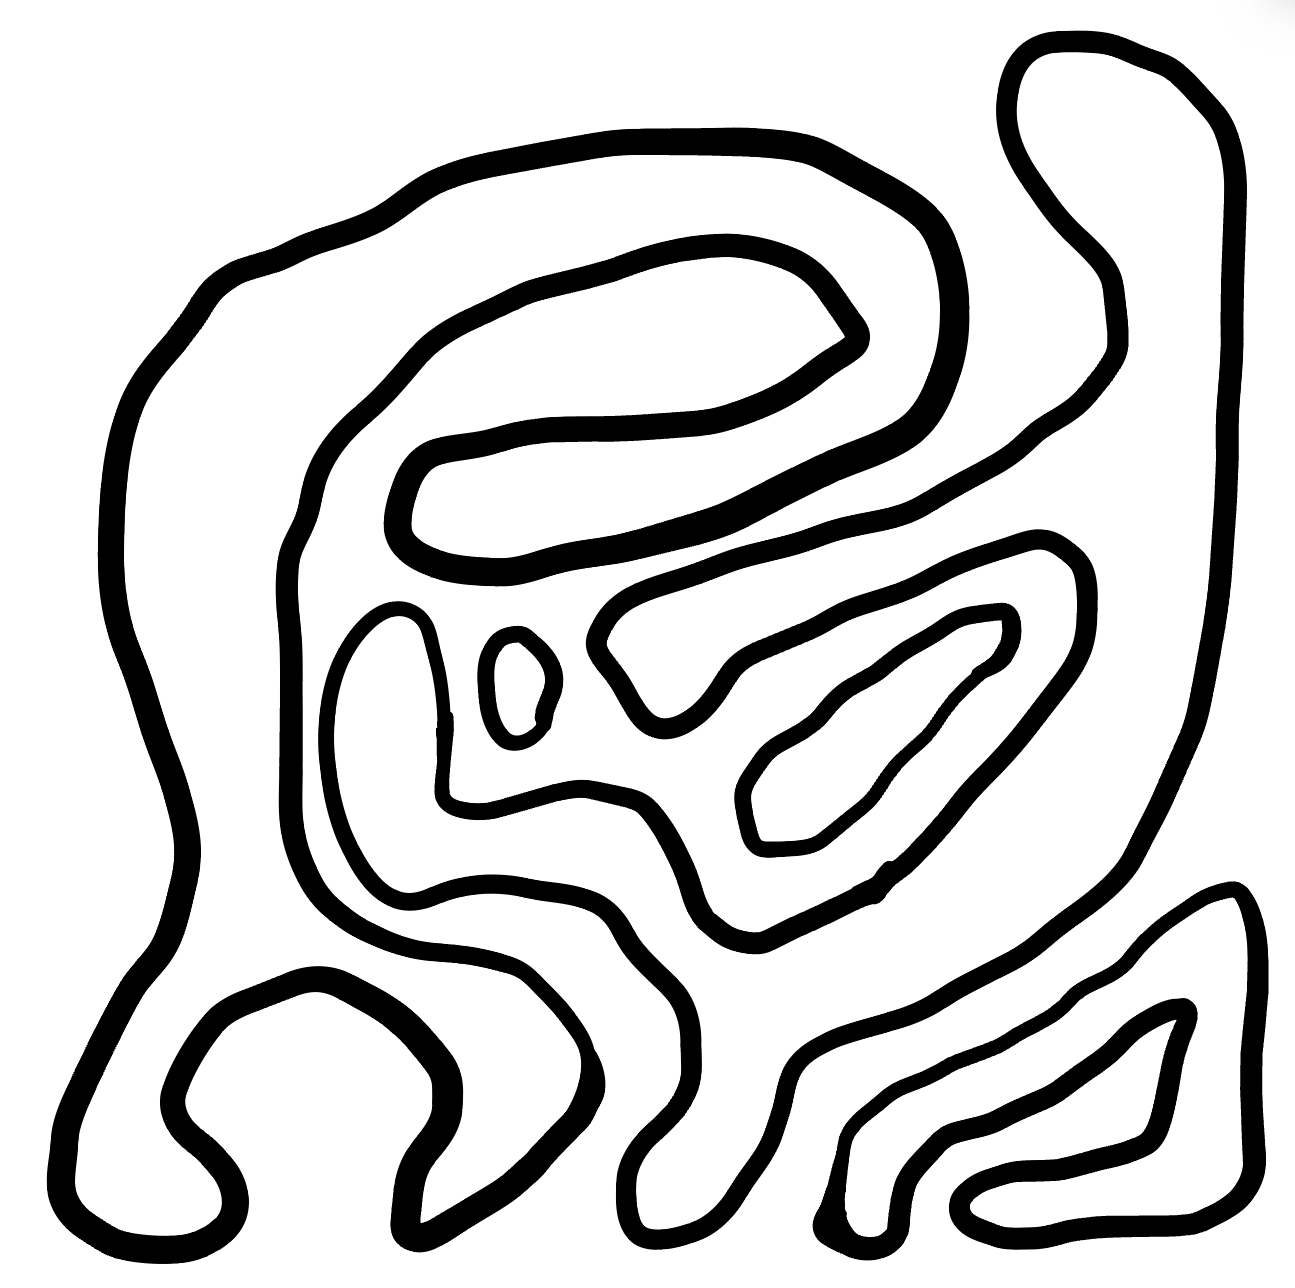
Number of regions (including the outer root region): 6
Containment tree edges (parent, child): 0, 1, 0, 2, 0, 3, 0, 4, 0, 5